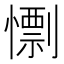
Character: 𢢼